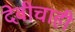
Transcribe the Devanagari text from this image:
देवीचाही